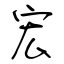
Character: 宏